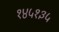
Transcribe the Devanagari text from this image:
१४५१३५